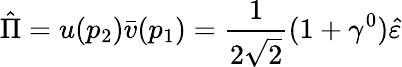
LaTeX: \hat{\Pi}=u(p_{2})\bar{v}(p_{1})=\frac{1}{2\sqrt{2}}(1+\gamma^{0})\hat{\varepsilon}